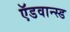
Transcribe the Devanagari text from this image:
ऍडवान्स्ड